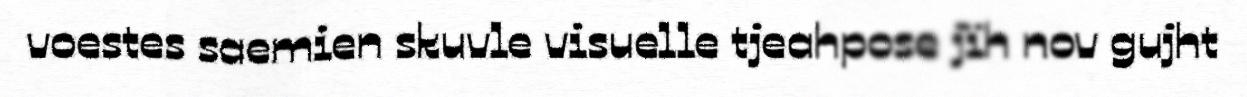
voestes saemien skuvle visuelle tjeahpose jïh nov gujht